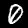
Label: 0